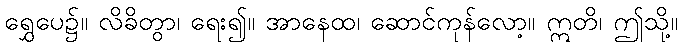
ရွှေပေ၌။ လိခိတွာ၊ ရေး၍။ အာနေထ၊ ဆောင်ကုန်လော့။ ဣတိ၊ ဤသို့။